Loodushoiu_ja_Turismi_Instituut, lk 351
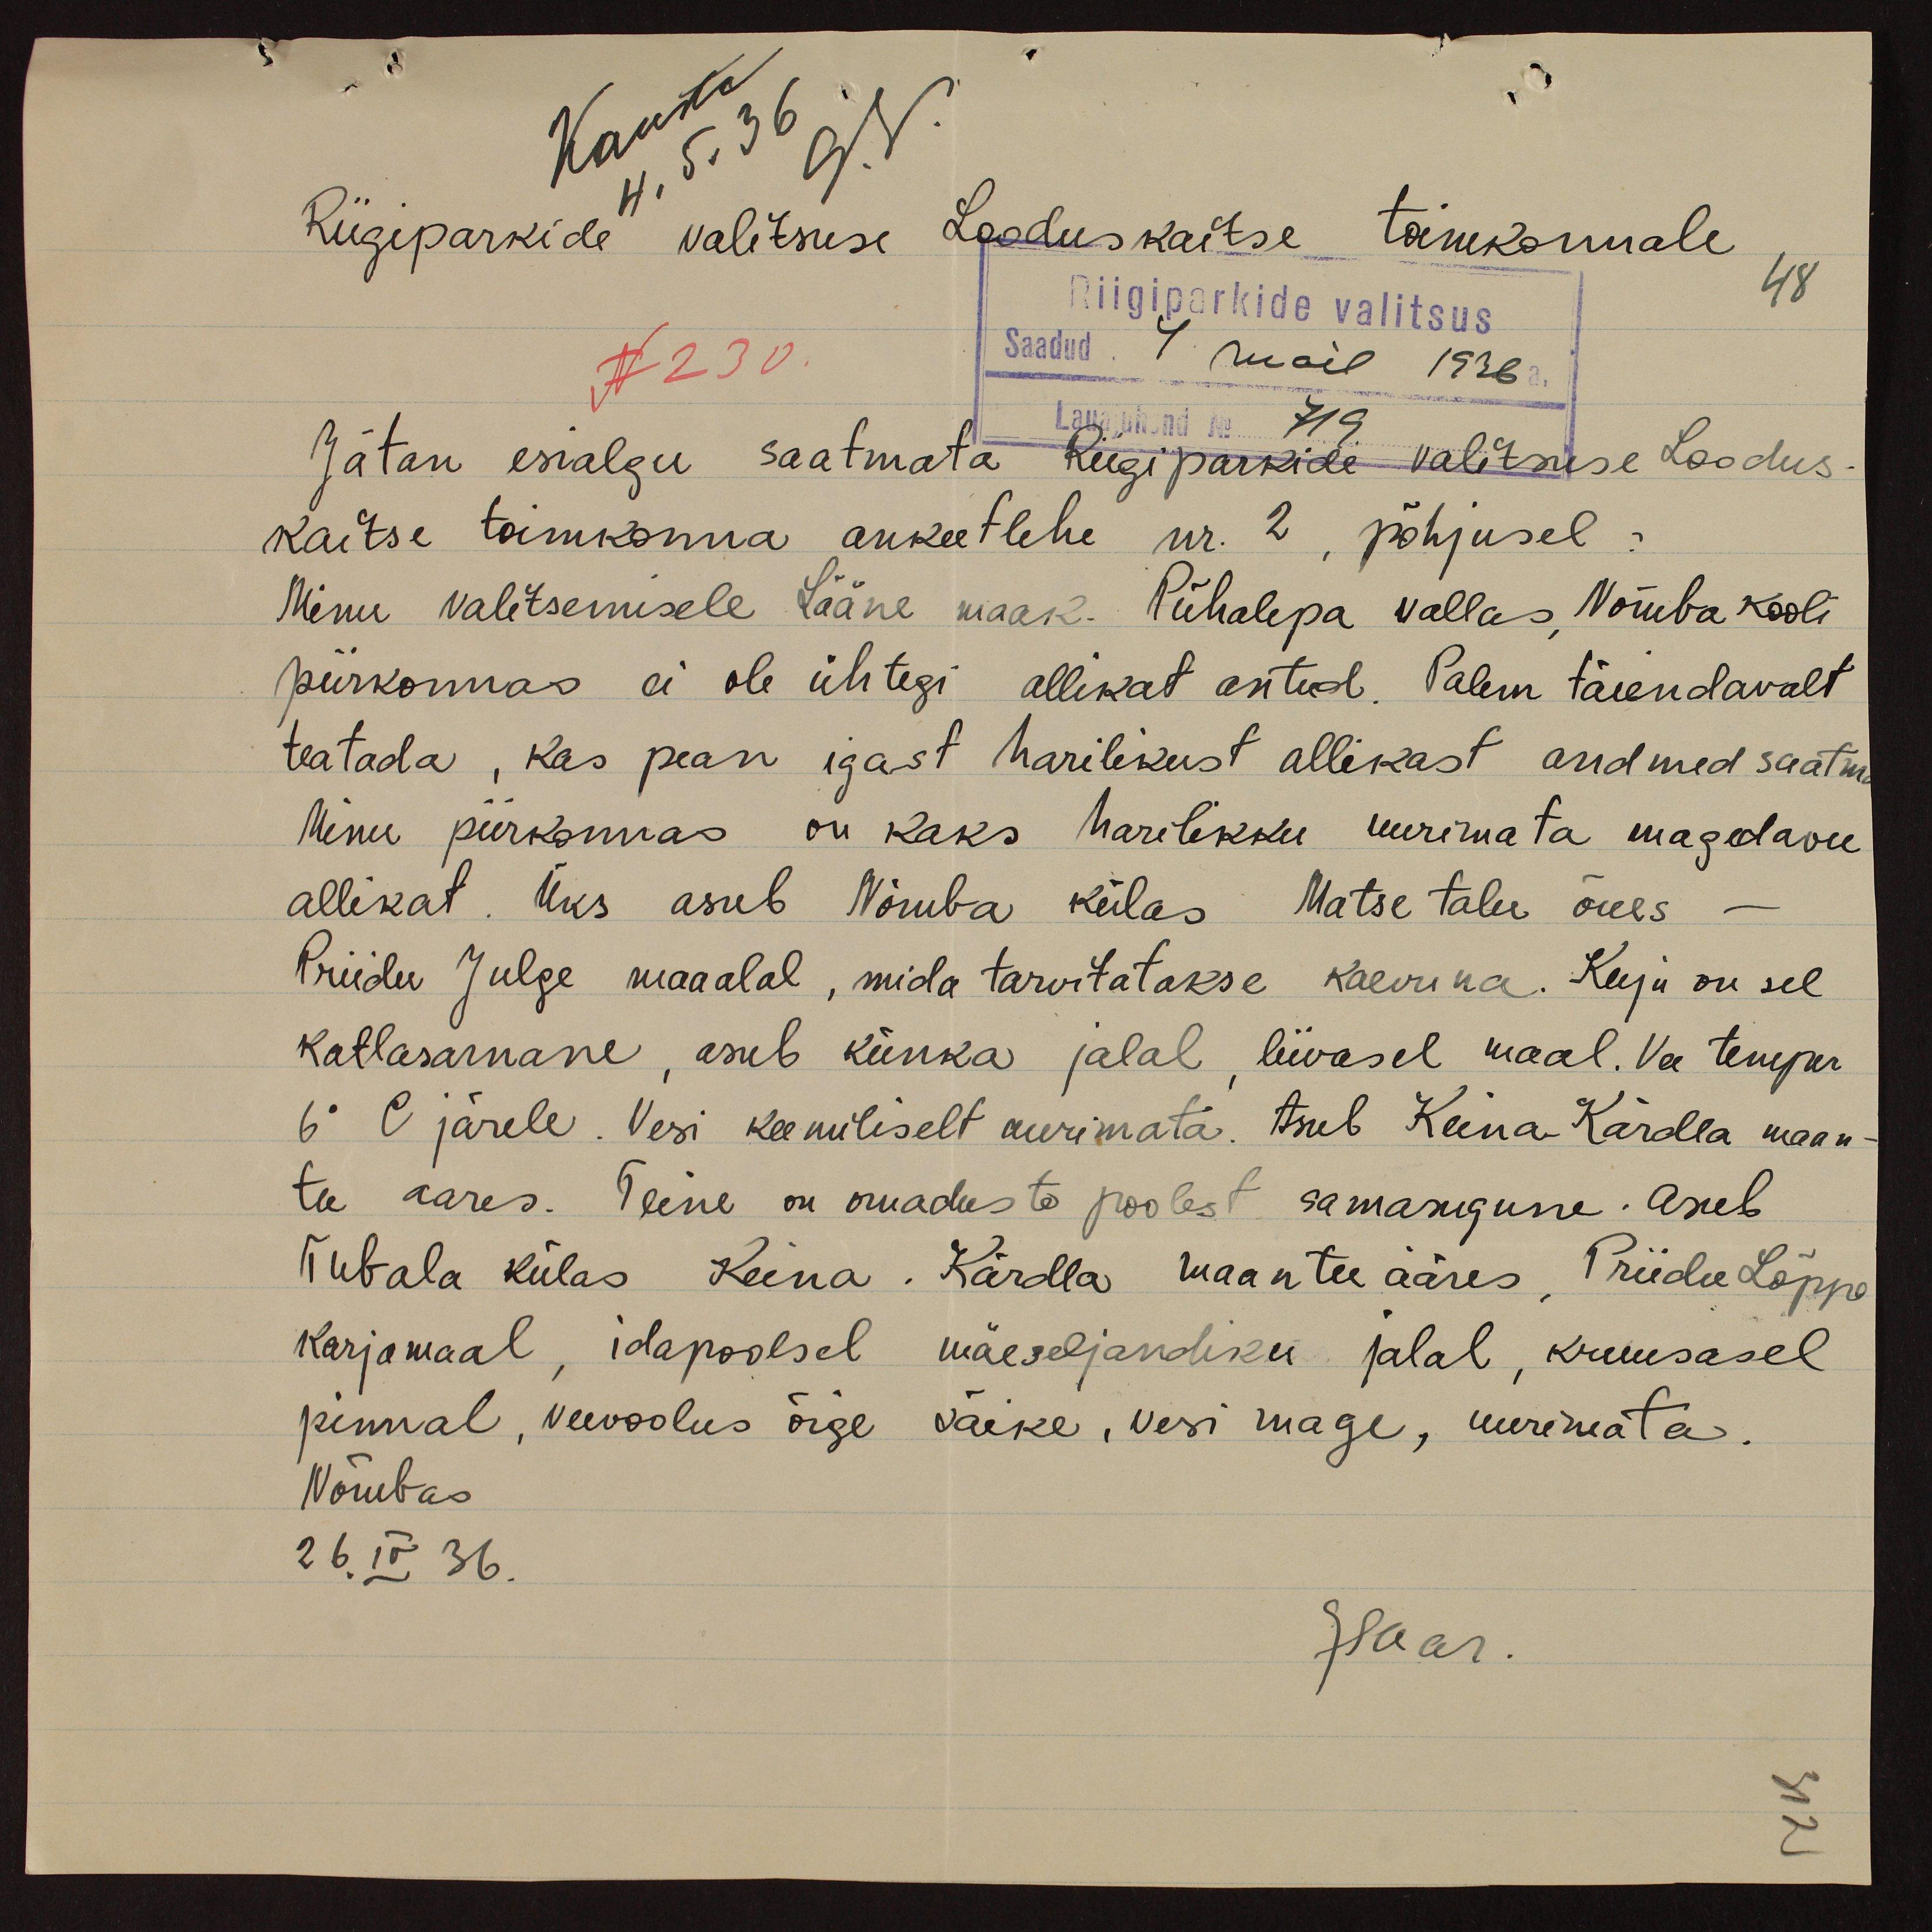
Riigiparkide valitsuse Looduskaitse toimkonnale
Riigiparkide valitsus
48
N 230.
Saadud 4 mail 1936 a.
Lauajuhend No 719.
Jätan esialgu saatmata Riigiparkide valitsuse loodus-
kaitse toimkonna ankeetlehe nr. 2, põhjusel:
Minu valitsemisele lääne maak. Pühalepa vallas Nõmba kooli
piirkonnas ei ole ühtegi allikat antud. Palum täiendavalt
teatada, kas pean igast harilikust allikast andmed saatm
Minu piirkonnas on kaks harilikku uurimata magedalavee
allikat. Üks asub Nõmba külas Matse talu õues
Priidu Julge maaalal, mida tarvitatakse kaevuna. Kuju on sel
katlasarnane, asub künka jalal liivasel maal. Vee temper
6 °C järele. Vesi keemiliselt uurimata. Asub Keina-Kärdla maan-
tee aares. Teine on omaduste poolest samasugune. Asub
Tubala külas Keina - Kärdla maantee ääres, Priidu Lõppe
karjamaal, idapoolel mäeseljandiku jalal, kruusasel
pinnal, veevoolus õige väike, vesi mage, uurimata.
Nõmbas
26. IV 36.
JSaar.